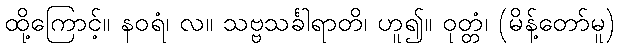
ထို့ကြောင့်။ နဝရံ၊ လ။ သဗ္ဗသင်္ခါရာတိ၊ ဟူ၍။ ဝုတ္တံ၊ (မိန့်တော်မူ)